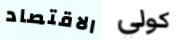
الاقتصاد كولي